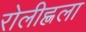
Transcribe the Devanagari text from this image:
रोलीह्लला